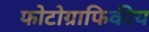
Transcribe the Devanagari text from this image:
फोटोग्राफिकीय